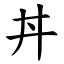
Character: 丼